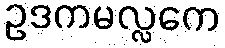
ဥဒကမလ္လကေ